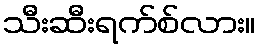
သီးဆီးရက်စ်လား။